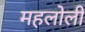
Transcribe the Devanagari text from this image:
महलोली